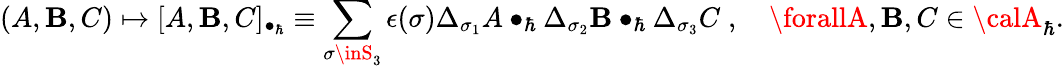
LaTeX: (A,\mathbf{B},C)\mapsto[A,\mathbf{B},C]_{\bullet_{\hbar}}\equiv\sum_{\sigma\inS_{3}}\epsilon(\sigma)\Delta_{\sigma_{1}}A\bullet_{\hbar}\Delta_{\sigma_{2}}\mathbf{B}\bullet_{\hbar}\Delta_{\sigma_{3}}C\; ,\quad\forallA,\mathbf{B},C\in{\calA}_{\hbar}.